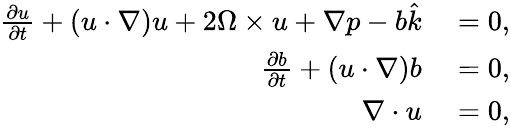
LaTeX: \begin{array}{rl}{\frac{\partial u}{\partial t}+(u\cdot\nabla)u+2\Omega\times u+\nabla p-b\hat{k}}&{{}=0,}\\ {\frac{\partial b}{\partial t}+(u\cdot\nabla)b}&{{}=0,}\\ {\nabla\cdot u}&{{}=0,}\end{array}